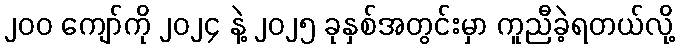
၂၀၀ ကျော်ကို ၂၀၂၄ နဲ့ ၂၀၂၅ ခုနှစ်အတွင်းမှာ ကူညီခဲ့ရတယ်လို့